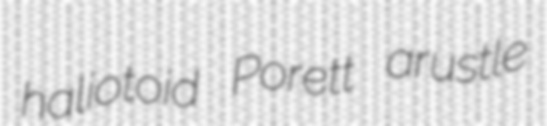
haliotoid Porett arustle